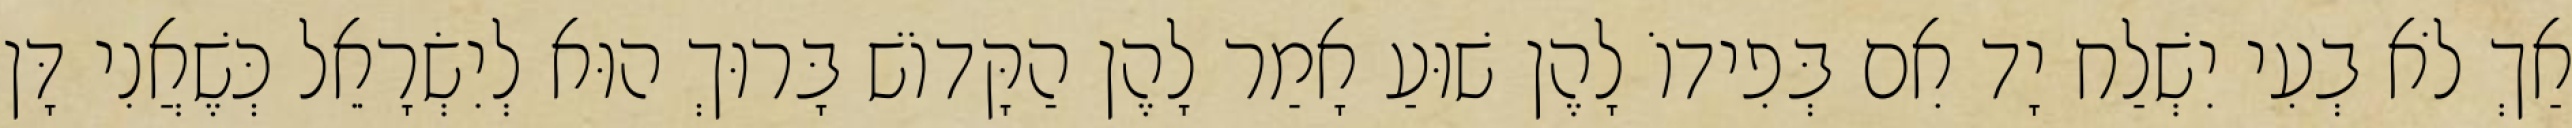
אַךְ לֹא בְעִי יִשְׁלַח יָד אִם בְּפִידוֹ לָהֶן שׁוּעַ אָמַר לָהֶן הַקָּדוֹשׁ בָּרוּךְ הוּא לְיִשְׂרָאֵל כְּשֶׁאֲנִי דָּן